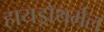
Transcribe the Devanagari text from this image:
हायड्रोथर्मल